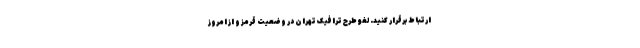
ارتباط برقرار کنید. لغو طرح ترافیک تهران در وضعیت قرمز و از امروز